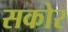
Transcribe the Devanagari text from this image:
सकोर